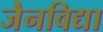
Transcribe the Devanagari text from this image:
जैनविद्या